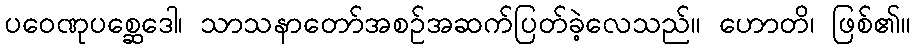
ပဝေဏုပစ္ဆေဒေါ၊ သာသနာတော်အစဉ်အဆက်ပြတ်ခဲ့လေသည်။ ဟောတိ၊ ဖြစ်၏။